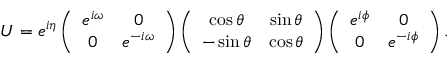
U = e ^ { i \eta } \left( \begin{array} { c c } { { e ^ { i \omega } } } & { { 0 } } \\ { { 0 } } & { { e ^ { - i \omega } } } \end{array} \right) \left( \begin{array} { c c } { { \cos \theta } } & { { \sin \theta } } \\ { { - \sin \theta } } & { { \cos \theta } } \end{array} \right) \left( \begin{array} { c c } { { e ^ { i \phi } } } & { { 0 } } \\ { { 0 } } & { { e ^ { - i \phi } } } \end{array} \right) .